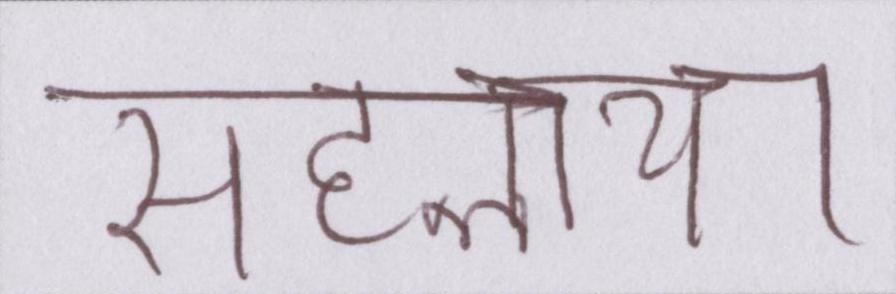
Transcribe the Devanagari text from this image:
सहलाया